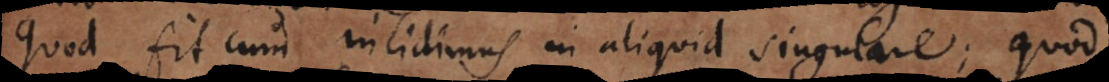
quod fit cum incidimus in aliquid singulare; quod